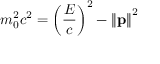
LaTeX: m _ { 0 } ^ { 2 } c ^ { 2 } = \left( { \frac { E } { c } } \right) ^ { 2 } - \left\| \mathbf { p } \right\| ^ { 2 }